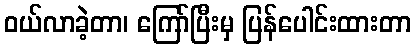
ဝယ်လာခဲ့တာ၊ ကြော်ပြီးမှ ပြန်ပေါင်းထားတာ